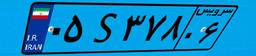
۹۹S۶۷۰۳۲